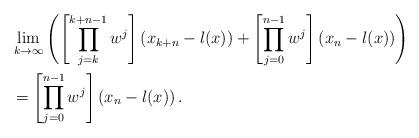
LaTeX: \begin{align*}&\lim_{k\to \infty}\left( \left[ \prod_{j=k}^{k+n-1} w^j \right]\left(x_{k+n}-l(x)\right)+\left[ \prod_{j=0}^{n-1} w^j \right]\left(x_{n}-l(x)\right) \right)\\&=\left[ \prod_{j=0}^{n-1} w^j \right]\left(x_{n}-l(x)\right).\end{align*}